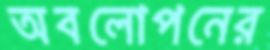
অবলোপনের